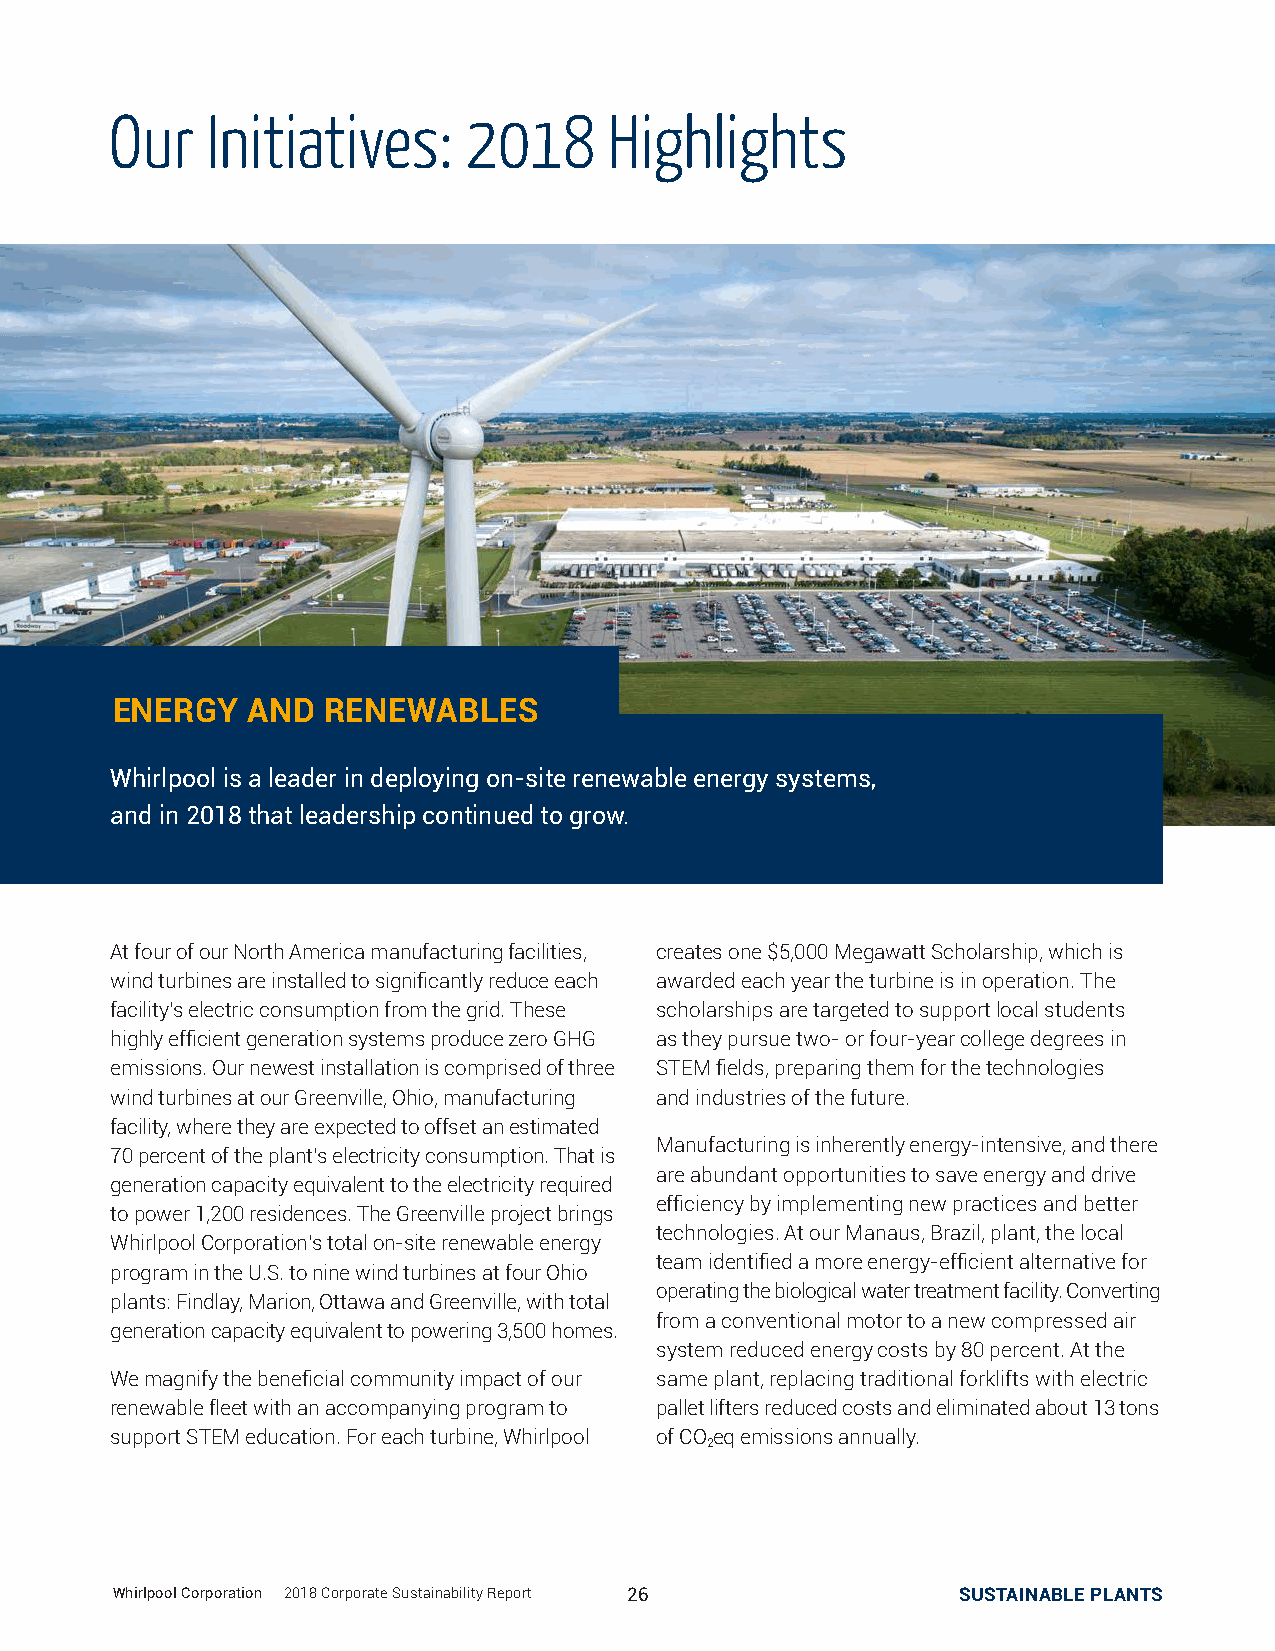
Our    Initiatives:     2018     Highlights
 ENERGY   AND   RENEWABLES
 Whirlpool is a leader in deploying on-site renewable energy systems,
 and in 2018 that leadership continued to grow.
 At four of our North America manufacturing facilities, creates one $5,000 Megawatt Scholarship, which is
 wind turbines are installed to significantly reduce each awarded each year the turbine is in operation. The
 facility’s electric consumption from the grid. These scholarships are targeted to support local students
 highly efficient generation systems produce zero GHG as they pursue two- or four-year college degrees in
 emissions. Our newest installation is comprised of three STEM fields, preparing them for the technologies
 wind turbines at our Greenville, Ohio, manufacturing and industries of the future.
 facility, where they are expected to offset an estimated
 Manufacturing is inherently energy-intensive, and there
 70 percent of the plant’s electricity consumption. That is
 are abundant opportunities to save energy and drive
 generation capacity equivalent to the electricity required
 efficiency by implementing new practices and better
 to power 1,200 residences. The Greenville project brings
 technologies. At our Manaus, Brazil, plant, the local
 Whirlpool Corporation’s total on-site renewable energy
 team identified a more energy-efficient alternative for
 program in the U.S. to nine wind turbines at four Ohio
 operating the biological water treatment facility. Converting
 plants: Findlay, Marion, Ottawa and Greenville, with total
 from a conventional motor to a new compressed air
 generation capacity equivalent to powering 3,500 homes.
 system reduced energy costs by 80 percent. At the
 We magnify the beneficial community impact of our same plant, replacing traditional forklifts with electric
 renewable fleet with an accompanying program to pallet lifters reduced costs and eliminated about 13 tons
 support STEM education. For each turbine, Whirlpool of CO eq emissions annually.
 2
 Whirlpool Corporation | 2018 Corporate Sustainability Report 26 SUSTAINABLE PLANTS